Civil Veterinary Dept. North-West Frontier Province 1901-22 - 1901-1922
Year: 1901
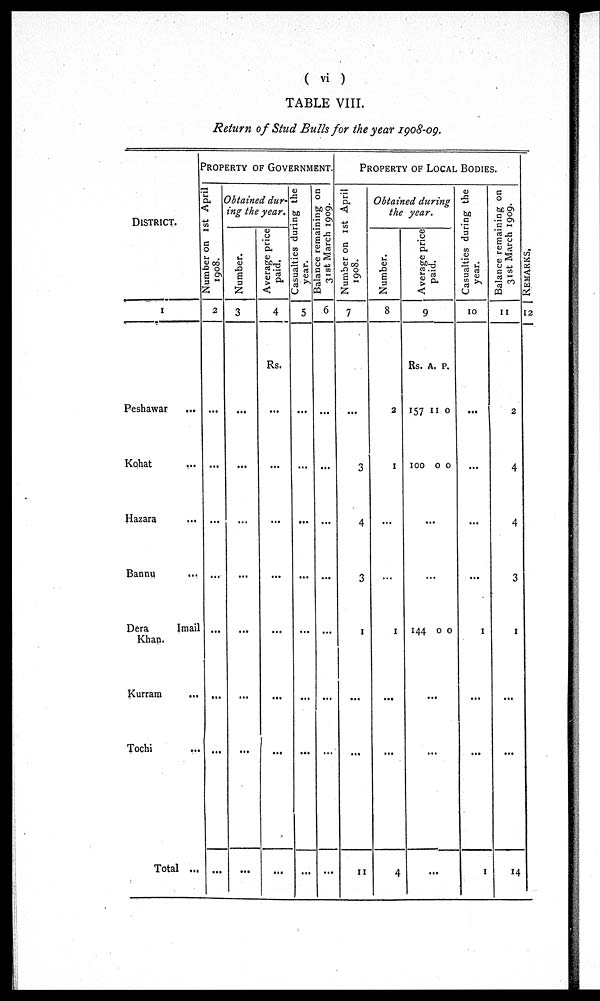
( vi )
TABLE VIII.
Return of Stud Bulls for the year 1908-09.
DISTRICT.
1
PROPERTY OF GOVERNMENT.
Number on 1st April
1908.
2
Peshawar ...
Kohat ...
Hazara ...
Bannu ...
Dera
Imail
Khan.
Kurram ...
Tochi ...
Total ...
...
...
...
...
...
...
...
...
Obtained dur-
ing the year.
Number.
3
...
...
...
...
...
...
...
...
Average price
paid,
4
Rs.
...
...
...
...
...
...
...
...
Casualties during the
year.
5
...
...
...
...
...
...
...
...
Balance remaining on
31st March 1909.
6
...
...
...
...
...
...
...
...
PROPERTY OF LOCAL BODIES.
Number on 1st April
1908.
7
...
3
4
3
1
...
...
11
Obtained during
the
year.
Number.
8
2
1
...
...
1
...
...
4
Ave r
a ge price
paid.
9
Rs.
157
100
144
A.
11
0
...
...
0
...
...
...
P.
0
0
0
Casualties during the
year.
10
...
...
...
1
...
...
1
Balance remaining on
31st March 1909.
11
2
4
4
3
1
...
REMARKS.
12
14